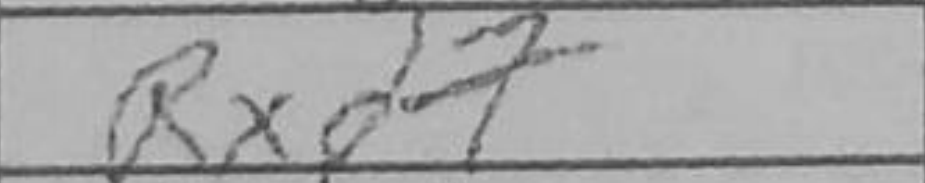
Transcription: Rxd7